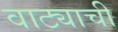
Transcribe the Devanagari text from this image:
वाट्याची